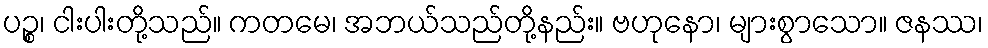
ပဉ္စ၊ ငါးပါးတို့သည်။ ကတမေ၊ အဘယ်သည်တို့နည်း။ ဗဟုနော၊ များစွာသော။ ဇနဿ၊